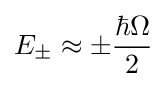
E_{\pm }\approx \pm {\frac {\hbar \Omega }{2}}